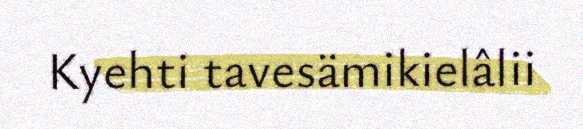
Kyehti tavesämikielâlii